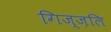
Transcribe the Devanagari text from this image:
गिज्ज़लि